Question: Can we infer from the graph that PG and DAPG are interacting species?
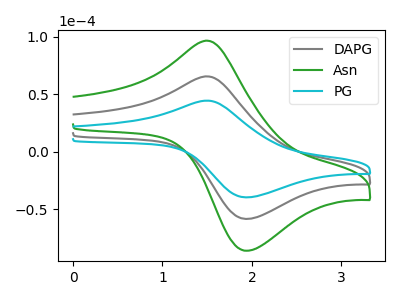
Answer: <think>The gray curve "DAPG" has an anodic peak at (1.50V, 65.40uA) and a cathodic peak at (1.95V, -58.25uA). The green curve "Asn" has an anodic peak at (1.50V, 130.85uA) and a cathodic peak at (1.95V, -116.50uA). The cyan curve "PG" has an anodic peak at (1.50V, 44.40uA) and a cathodic peak at (1.95V, -39.55uA).
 All the peaks in "PG" have a peak in "DAPG" at the same potential. Every peak in "PG" is lower than every peak in "DAPG".</think>
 <answer>No, "PG" and "DAPG" don't appear to be significantly different in shape</answer>
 <eval>no_change</eval>